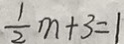
\frac { 1 } { 2 } m + 3 = 1